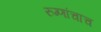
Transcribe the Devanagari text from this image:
रुग्णांचाच